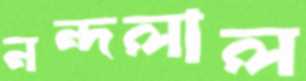
নন্দলাল